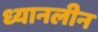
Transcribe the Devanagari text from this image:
ध्यानलीन